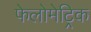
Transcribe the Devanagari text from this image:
फेलोमेट्रिक